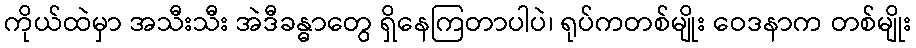
ကိုယ်ထဲမှာ အသီးသီး အဲဒီခန္ဓာတွေ ရှိနေကြတာပါပဲ၊ ရုပ်ကတစ်မျိုး ဝေဒနာက တစ်မျိုး